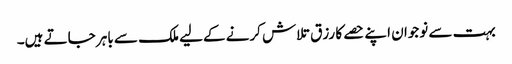
بہت سے نوجوان اپنے حصے کا رزق تلاش کرنے کےلیے ملک سے باہر جاتے ہیں۔